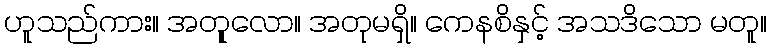
ဟူသည်ကား။ အတုူလော။ အတုမရှိ။ ကေနစိနှင့် အသဒိသော မတူ။